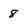
Character: 8